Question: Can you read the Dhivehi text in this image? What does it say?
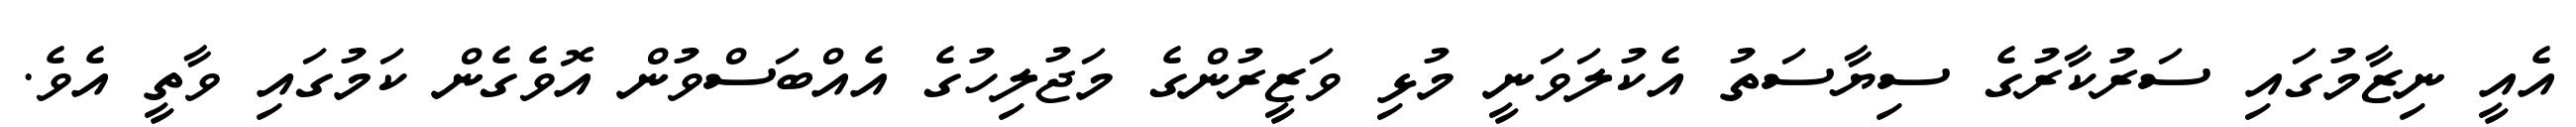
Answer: އެއީ ނިޒާމުގައި ސަރުކާރުގެ ސިޔާސަތު އެކުލަވަނީ މުޅި ވަޒީރުންގެ މަޖުލިހުގެ އެއްބަސްވުން އޮވެގެން ކަމުގައި ވާތީ އެވެ.